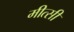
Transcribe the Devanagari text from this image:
मीत्सी